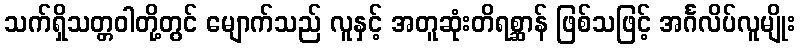
သက်ရှိသတ္တဝါတို့တွင် မျောက်သည် လူနှင့် အတူဆုံးတိရစ္ဆာန် ဖြစ်သဖြင့် အင်္ဂလိပ်လူမျိုး